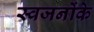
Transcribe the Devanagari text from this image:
स्वजनोंके